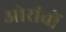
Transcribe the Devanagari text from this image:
ओरांवों